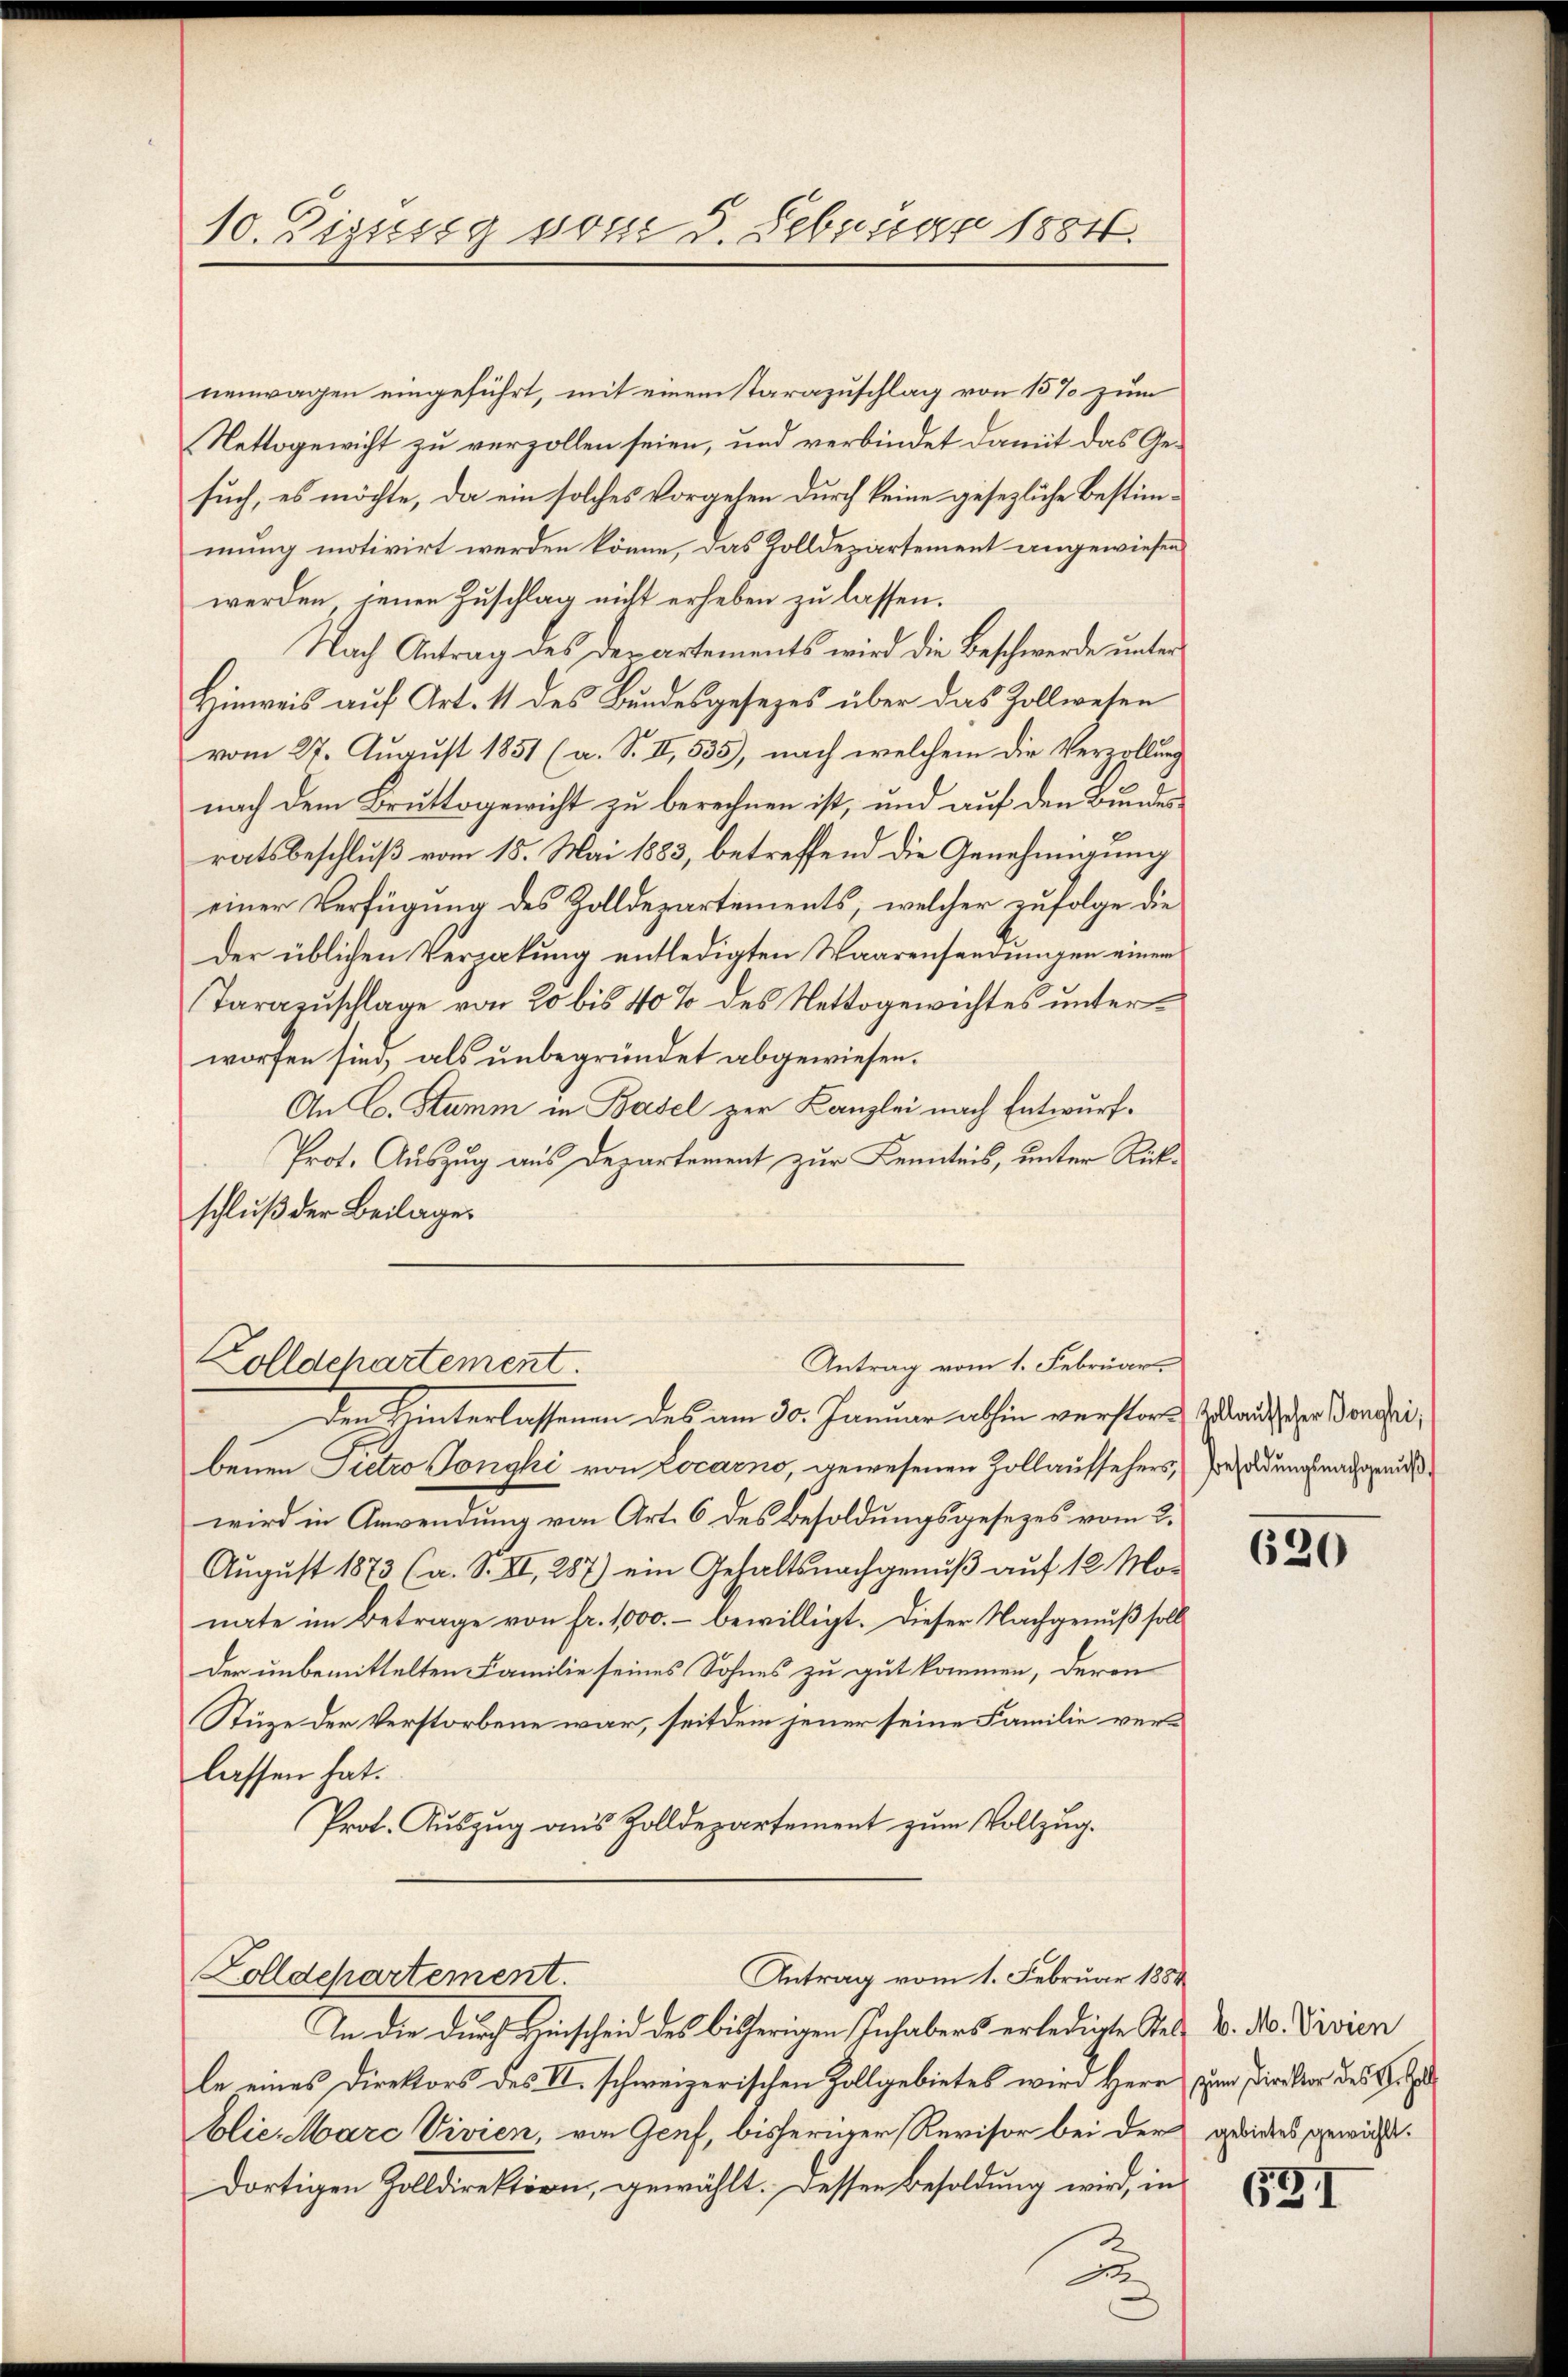
10. Zigisig vom 5. Februar 1884.

nenwagen eingeführt, mit einem Tarazuschlag von 15% zum
Nettogewicht zu verzollen seien, und verbindet damit das Gesuch, es möchte, da ein solches Vorgehen durch keine gesezliche Bestimmung motivirt werden könne, das Zolldepartement angewiesen
werden, jenen Zuschlag nicht erheben zu lassen.
Nach Antrag des derartements wird die Beschwerde unter
Hinweis auf Art. 11 des Bundesgesezes über das Zollwesen
vom 27. August 1851 (a. S. II, 535), nach welchem die Verzallung
nach dem Bruttogericht zu berechnen ist, und auf den Bundesratsbeschluß vom 15. Mai 1883, betreffend die Genehmigung
einer Verfügung des Zolldepartements, welcher zufolge die
der üblichen Verzakung entledigten Waarensendungen einem
Tarazuschlage von 20 bis 40% des Nettogewichtes unterworfen sind, als unbegründet abgewiesen.
An C. Stumm in Basel zur Kanzlei nach Entwurf¬
Prot. Auszug aus Departement zur Kenntnis, unter Rückschluß der Beilages

Antrag vom 1. Februar.
Zolldepartement.

Zolldepartement.
Antrag vom 1. Februar 1884

Den Hinterlassenen des am 30. Januar abhin verstor Zulauch der Vortheibenen Pietro Tonghi von Locarno, gewesenen Zollaufsehers, sonderung nachgewiß
wird in Anwendung von Art. 6 des Besoldungsgesezes vom 2.
August 1873 (a. S. VI, 287) ein Gehaltsnachgenuß auf 12 Monate im Betrage von fr. 1000.- bewilligt. Dieser Nachgenuß soll
Der unbemittelten Familie seines Sohnes zu gut kommen, deren
Stuze der Verstorbene war, seitdem jener seine Familie verlassen hat.
Prot. Auszug aus Zolldepartement zum Vollzug.

In die durch Hinscheid des bisherigen Inhabers erledigte Stel u. ds. Divien
le eines Direktors des II. schweizerischen Zollgebietes wird Herr zu Direktor des Sitz
blie Marc Vivien, von Genf, bisheriger Revisor bei der gewiders gewicht.
dortigen Zolldirektion, gewählt. Dessen Besoldung wird, in
u

620

631